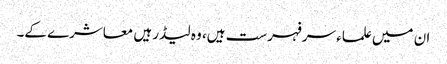
ان میں علماء سرفہرست ہیں، وہ لیڈر ہیں معاشرے کے۔